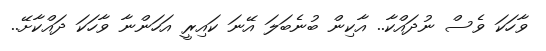
ވާހަކަ ވެސް ނުދައްކާ.. އާކިން ބުނެބަލަ އޭނަ ކައިރީ އަހަންނާ ވާހަކަ ދައްކާށޭ..